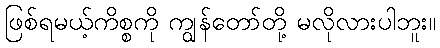
ဖြစ်ရမယ့်ကိစ္စကို ကျွန်တော်တို့ မလိုလားပါဘူး။